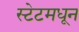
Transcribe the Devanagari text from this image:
स्टेटमधून